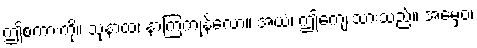
ဤစကားကို။ သုနာထ၊ နာကြကုန်လော။ အယံ၊ ဤကျေးသားသည်။ အမှေဝ၊